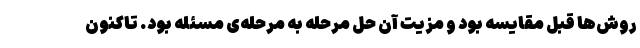
روش‌ها قبل مقایسه بود و مزیت آن‌ حل مرحله به مرحله‌ی مسئله بود. تاکنون